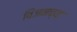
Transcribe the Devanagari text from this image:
विजनच्या